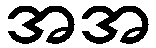
အအ